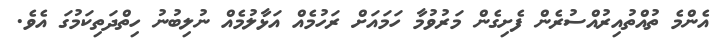
އެންމެ ތުއްތުއިރުއްސުރެން ފެށިގެން މަރުވުމާ ހަމައަށް ރަހުމެއް އަޅާލުމެއް ނުލިބުނު ހިތްދަތިކަމުގަ އެވެ.